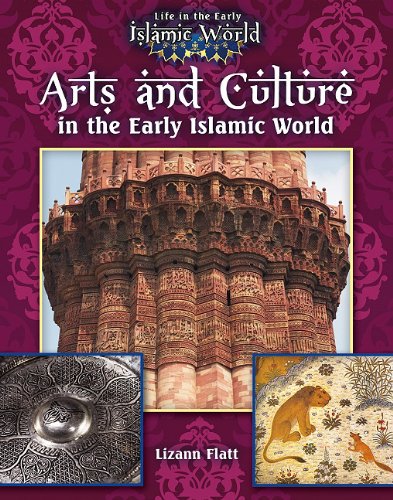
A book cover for Arts and Culture in the Early Islamic World (Life in the Early Islamic World); Lizann Flatt; Children's Books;